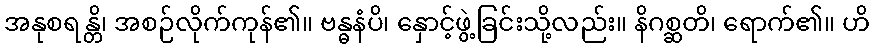
အနုစရန္တိ၊ အစဉ်လိုက်ကုန်၏။ ဗန္ဓနံပိ၊ နှောင့်ဖွဲ့ခြင်းသို့လည်း။ နိဂစ္ဆတိ၊ ရောက်၏။ ဟိ